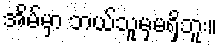
အိမ်မှာ ဘယ်သူမှမရှိဘူး။